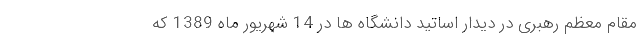
مقام معظم رهبری در دیدار اساتید دانشگاه ها در 14 شهریور ماه 1389 که